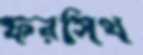
ফরসিথ